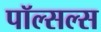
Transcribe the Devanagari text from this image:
पॉल्सल्स